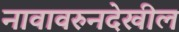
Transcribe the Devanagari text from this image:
नावावरुनदेखील